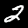
Label: 2